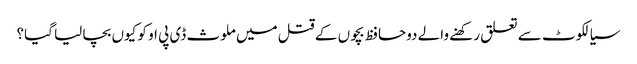
سیالکوٹ سے تعلق رکھنے والے دوحافظ بچوں کے قتل میں ملوث ڈی پی او کو کیوں بچا لیا گیا؟